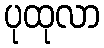
ပုထုလာ